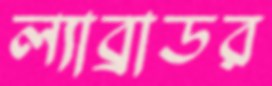
ল্যাব্রাডর